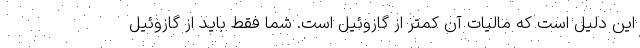
این دلیل است که مالیات آن کمتر از گازوئیل است. شما فقط باید از گازوئیل